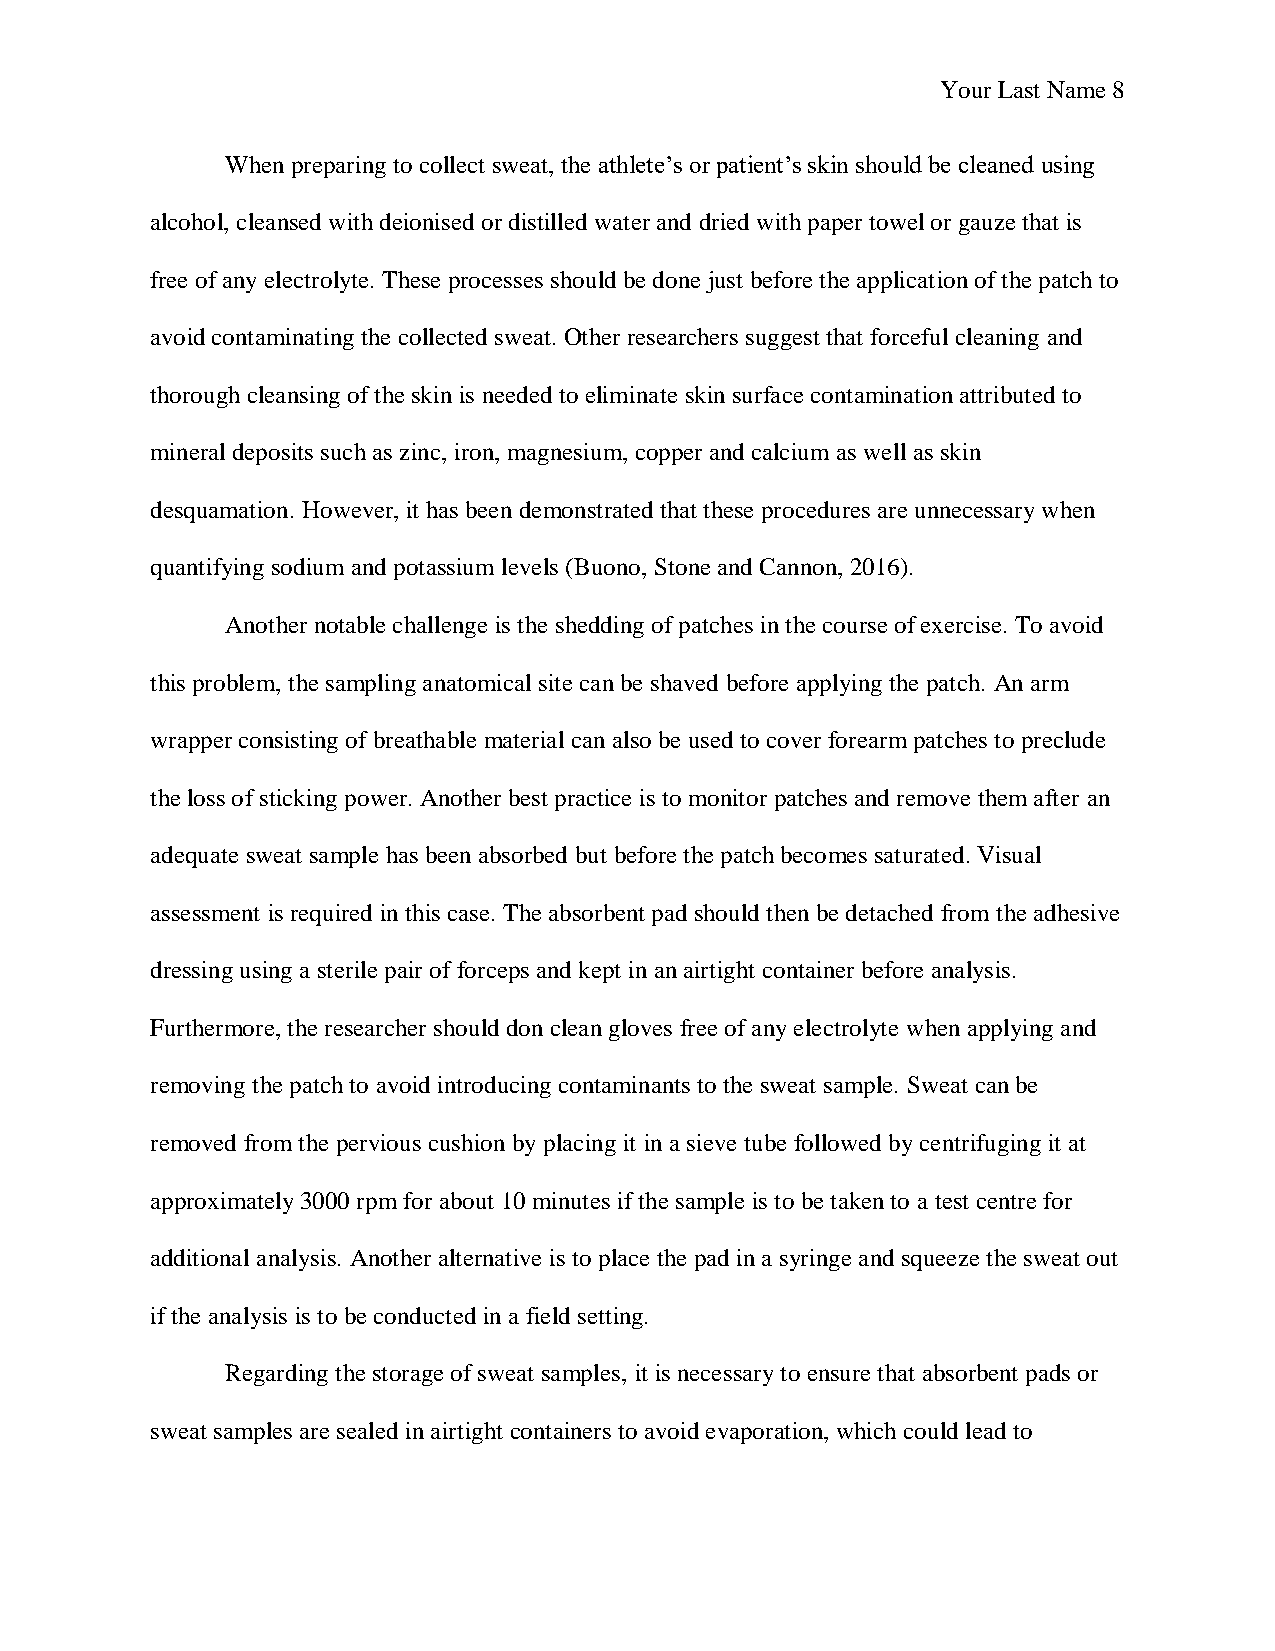
Your Last Name 8
 When preparing to collect sweat, the athlete’s or patient’s skin should be cleaned using
 alcohol, cleansed with deionised or distilled water and dried with paper towel or gauze that is
 free of any electrolyte. These processes should be done just before the application of the patch to
 avoid contaminating the collected sweat. Other researchers suggest that forceful cleaning and
 thorough cleansing of the skin is needed to eliminate skin surface contamination attributed to
 mineral deposits such as zinc, iron, magnesium, copper and calcium as well as skin
 desquamation. However, it has been demonstrated that these procedures are unnecessary when
 quantifying sodium and potassium levels (Buono, Stone and Cannon, 2016).
 Another notable challenge is the shedding of patches in the course of exercise. To avoid
 this problem, the sampling anatomical site can be shaved before applying the patch. An arm
 wrapper consisting of breathable material can also be used to cover forearm patches to preclude
 the loss of sticking power. Another best practice is to monitor patches and remove them after an
 adequate sweat sample has been absorbed but before the patch becomes saturated. Visual
 assessment is required in this case. The absorbent pad should then be detached from the adhesive
 dressing using a sterile pair of forceps and kept in an airtight container before analysis.
 Furthermore, the researcher should don clean gloves free of any electrolyte when applying and
 removing the patch to avoid introducing contaminants to the sweat sample. Sweat can be
 removed from the pervious cushion by placing it in a sieve tube followed by centrifuging it at
 approximately 3000 rpm for about 10 minutes if the sample is to be taken to a test centre for
 additional analysis. Another alternative is to place the pad in a syringe and squeeze the sweat out
 if the analysis is to be conducted in a field setting.
 Regarding the storage of sweat samples, it is necessary to ensure that absorbent pads or
 sweat samples are sealed in airtight containers to avoid evaporation, which could lead to